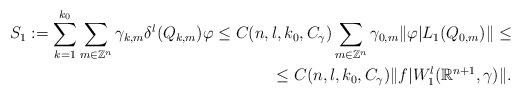
LaTeX: \begin{align*}S_{1}:=\sum\limits_{k=1}^{k_{0}}\sum\limits_{m \in \mathbb{Z}^{n}}\gamma_{k,m} \delta^{l}(Q_{k,m})\varphi \le C(n,l,k_{0},C_{\gamma})\sum\limits_{m \in \mathbb{Z}^{n}}\gamma_{0,m}\|\varphi|L_{1}(Q_{0,m})\| \le \\\le C(n,l,k_{0},C_{\gamma}) \|f|W^{l}_{1}(\mathbb{R}^{n+1},\gamma)\|.\end{align*}